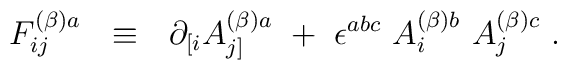
F^{(\beta) a}_{ij}~~\equiv~~\partial_{[i} A_{j]}^{(\beta) a}~+~\epsilon^{abc} ~A_i^{(\beta) b}~A_j^{(\beta) c}~.